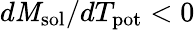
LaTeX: d\mathit{M}_{\mathrm{{sol}}}/dT_{\mathrm{{pot}}}<0